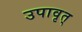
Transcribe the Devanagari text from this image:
उपावृत्